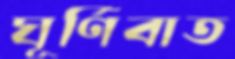
ঘূর্ণিবাত